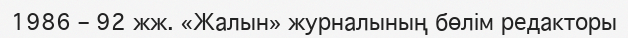
1986 – 92 жж. «Жалын» журналының бөлім редакторы